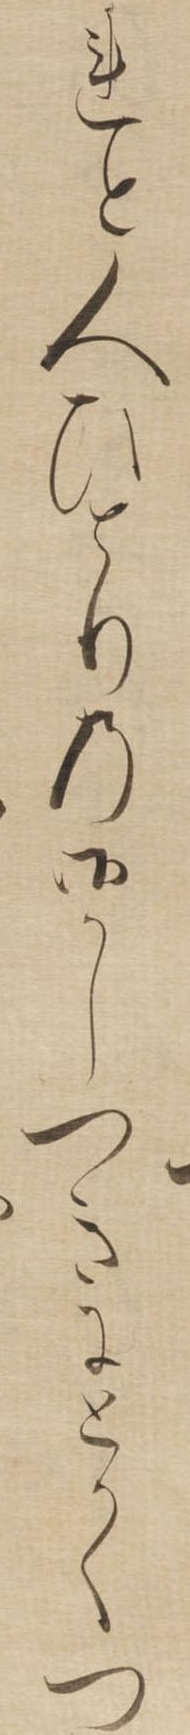
れと人ひとりの御かしつきにとかくつ